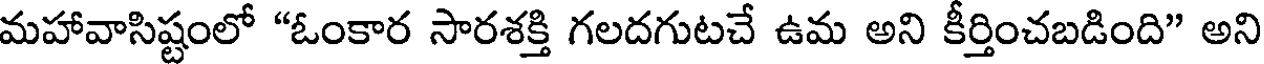
మహావాసిష్టంలో "ఓంకార సారశక్తి గలదగుటచే ఉమ అని కీర్తించబడింది" అని